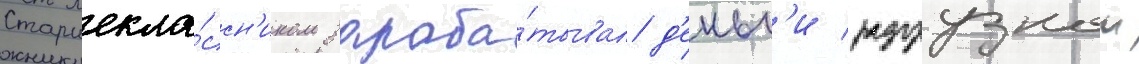
Старшекла́ссн'иком зараба́тывал д'еньг'и разгрузкои